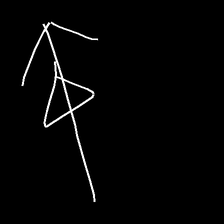
Glyph: pull